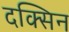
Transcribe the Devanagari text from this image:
दक्सिन